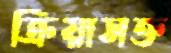
ক্রিয়াসক্ত